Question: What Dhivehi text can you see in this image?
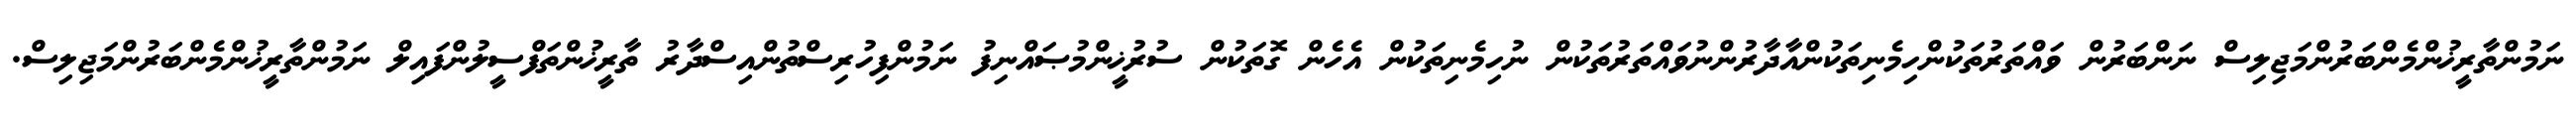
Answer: ނަމުންތާރީޚުންމެންބަރުންމަޖިލިސް ނަންބަރުން ވައްތަރުތަކުންހިމެނިތަކުންއާދާރުންނުވައްތަރުތަކުން ނުހިމެނިތަކުން އެހެން ގޮތަކުން ސުރުޚީންމުޞައްނިފު ނަމުންފިހުރިސްތުންއިސްދާރު ތާރީޚުންތަފްސީލުންފައިލް ނަމުންތާރީޚުންމެންބަރުންމަޖިލިސް.